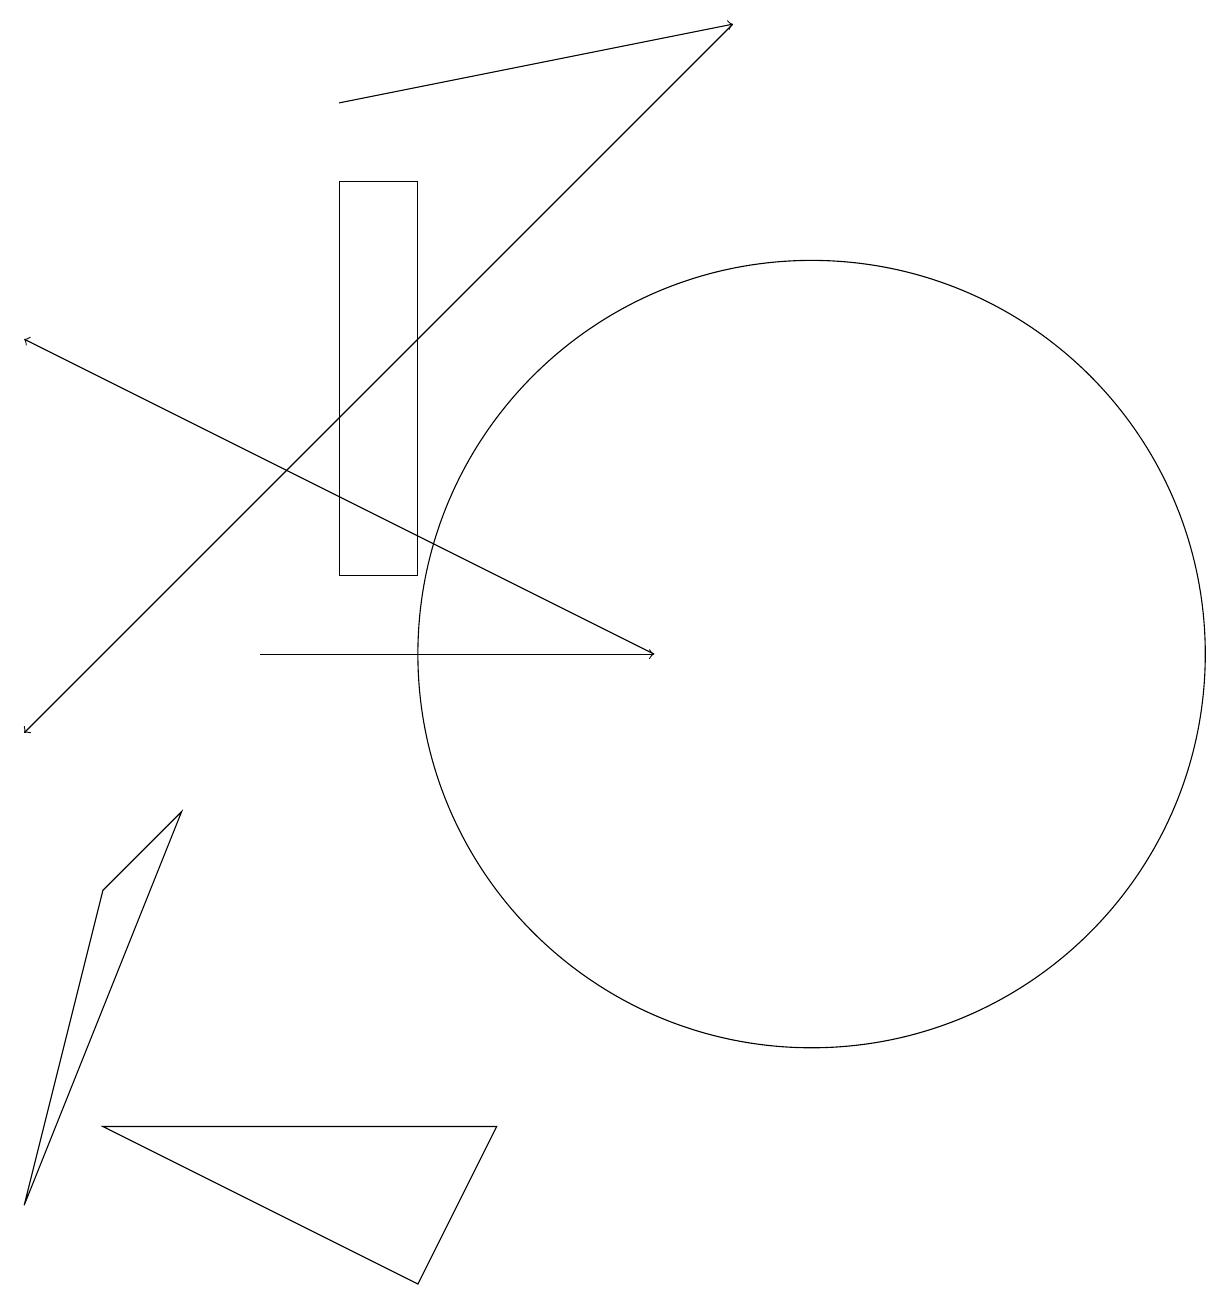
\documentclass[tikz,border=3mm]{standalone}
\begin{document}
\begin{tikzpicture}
\draw (1,5) -- (5,3) -- (6,5) -- cycle;
\draw[->] (3,11) -- (8,11);
\draw[->] (4,18) -- (9,19);
\draw (10,11) circle (5);
\draw[->] (8,11) -- (0,15);
\draw (5,12) rectangle (4,17);
\draw (2,9) -- (0,4) -- (1,8) -- cycle;
\draw[->] (9,19) -- (0,10);
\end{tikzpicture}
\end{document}